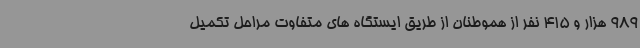
989 هزار و 415 نفر از هموطنان از طریق ایستگاه های متفاوت مراحل تکمیل